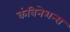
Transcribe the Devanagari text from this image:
कंबिनेशन्स